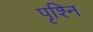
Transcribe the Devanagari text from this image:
पृश्नि